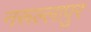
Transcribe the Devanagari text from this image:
नरूल्लापुर